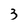
Character: 3